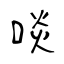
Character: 啖